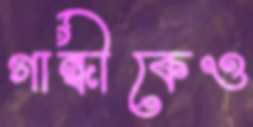
গান্ধীকেও